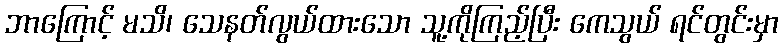
ဘာကြောင့် မသိ၊ သေနတ်လွယ်ထားသော သူ့ကိုကြည့်ပြီး ကေသွယ် ရင်တွင်းမှာ